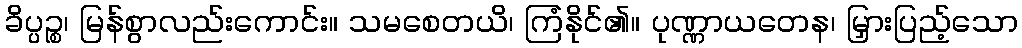
ခိပ္ပဉ္စ၊ မြန်စွာလည်းကောင်း။ သမစေတယိ၊ ကြံနိုင်၏။ ပုဏ္ဏာယတေန၊ မြှားပြည့်သော